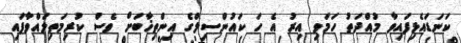
ކަނަޑައެޅިފައިވާ މުއްދަތު ހަމަވި އިރު އެ ހަ ކައުންސިލްގެ އިންތިޚާބަށް ވެސް ކުރިމަތިލައްވާފައި